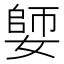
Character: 𡠋